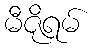
မီဇိုရမ်